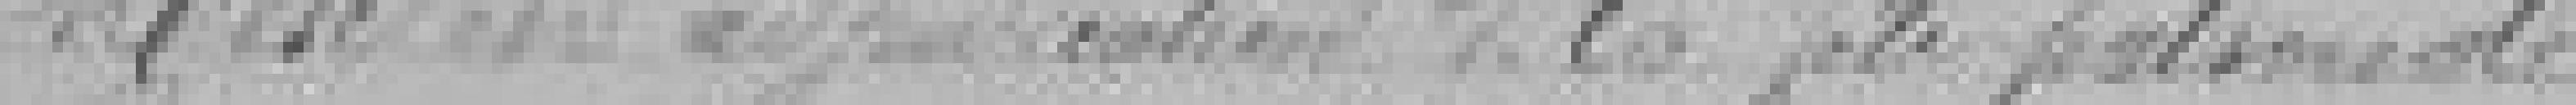
Mise ??????? de la fête nationale